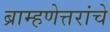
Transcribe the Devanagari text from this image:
ब्राम्हणेत्तरांचे